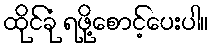
ထိုင်ခုံ ရဖို့စောင့်ပေးပါ။